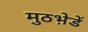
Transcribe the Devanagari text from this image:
मुठभ़ेडें